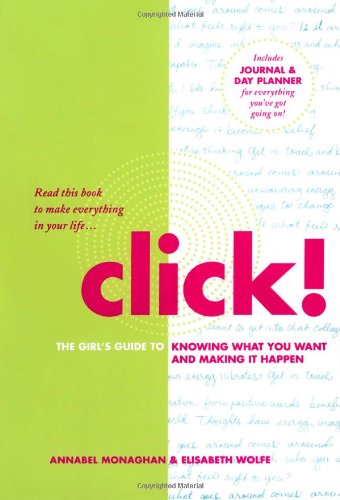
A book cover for Click!: The Girl's Guide to Knowing What You Want and Making It Happen; Annabel Monaghan; Teen & Young Adult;